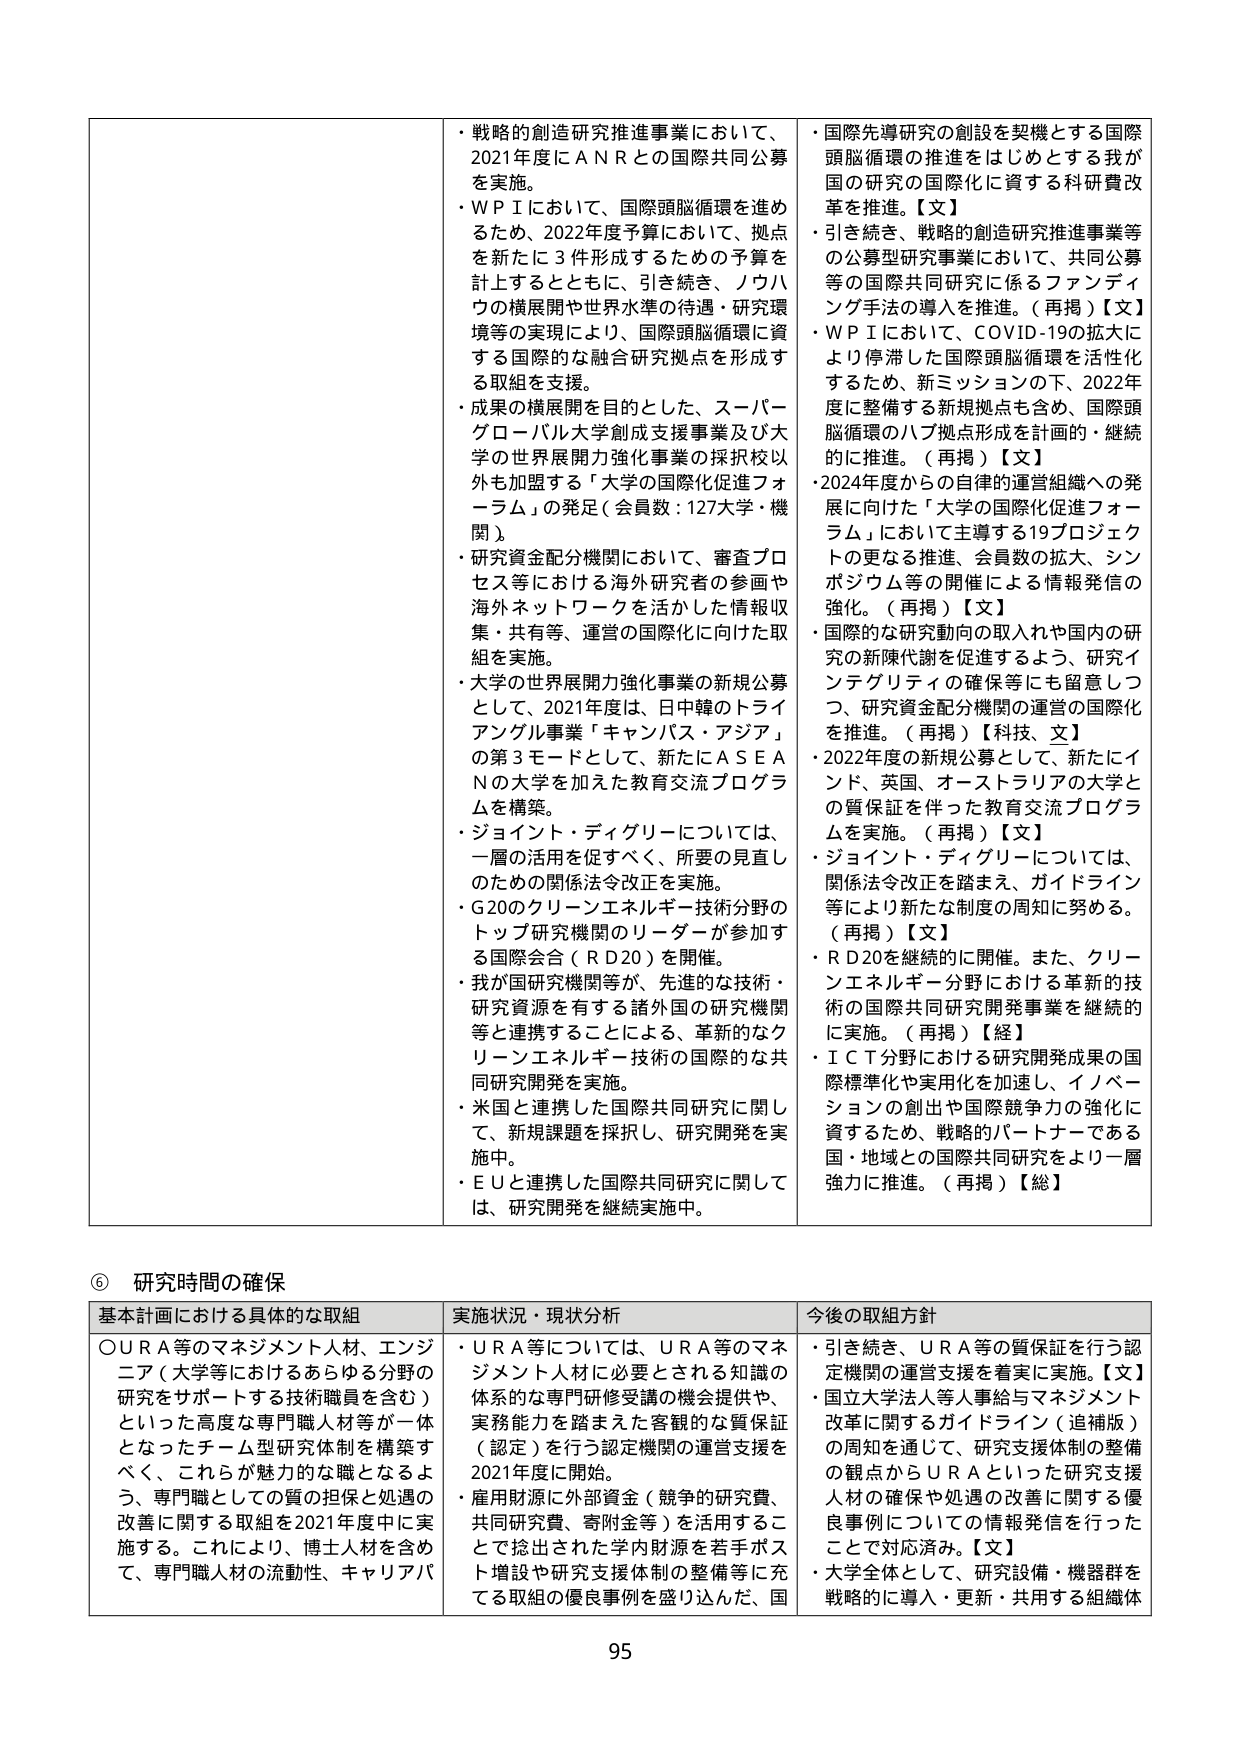
・戦略的創造研究推進事業において、2021年度にＡＮＲとの国際共同公募を実施。
・ＷＰＩにおいて、国際頭脳循環を進めるため、2022年度予算において、拠点を新たに３件形成するための予算を計上するとともに、引き続き、ノウハウの横展開や世界水準の待遇・研究環境等の実現により、国際頭脳循環に資する国際的な融合研究拠点を形成する取組を支援。
・成果の横展開を目的とした、スーパーグローバル大学創成支援事業及び大学の世界展開力強化事業の採択校以外も加盟する「大学の国際化促進フォーラム」の発足（会員数：127大学・機関）。
・研究資金配分機関において、審査プロセス等における海外研究者の参画や海外ネットワークを活かした情報収集・共有等、運営の国際化に向けた取組を実施。
・大学の世界展開力強化事業の新規公募として、2021年度は、日中韓のトライアングル事業「キャンパス・アジア」の第3モードとして、新たにＡＳＥＡＮの大学を加えた教育交流プログラムを構築。
・ジョイント・ディグリーについては、一層の活用を促すべく、所要の見直しのための関係法令改正を実施。
・Ｇ20のクリーンエネルギー技術分野のトップ研究機関のリーダーが参加する国際会合（ＲＤ20）を開催。
・我が国研究機関等が、先進的な技術・研究資源を有する諸外国の研究機関等と連携することによる、革新的なクリーンエネルギー技術の国際的な共同研究開発を実施。
・米国と連携した国際共同研究に関して、新規課題を採択し、研究開発を実施中。
・ＥＵと連携した国際共同研究に関しては、研究開発を継続実施中。

・国際先導研究の創設を契機とする国際頭脳循環の推進をはじめとする我が国の研究の国際化に資する科研費改革を推進。【文】
・引き続き、戦略的創造研究推進事業等の公募型研究事業において、共同公募等の国際共同研究に係るファンディング手法の導入を推進。（再掲）【文】
・ＷＰＩにおいて、ＣＯＶＩＤ-19の拡大により停滞した国際頭脳循環を活性化するため、新ミッションの下、2022年度に整備する新規拠点も含め、国際頭脳循環のハブ拠点形成を計画的・継続的に推進。（再掲）【文】
・2024年度からの自律的運営組織への発展に向けた「大学の国際化促進フォーラム」において主導する19プロジェクトの更なる推進、会員数の拡大、シンポジウム等の開催による情報発信の強化。（再掲）【文】
・国際的な研究動向の取入れや国内の研究の新陳代謝を促進するよう、研究インテグリティの確保等にも留意しつつ、研究資金配分機関の運営の国際化を推進。（再掲）【科技、文】
・2022年度の新規公募として、新たにインド、英国、オーストラリアの大学との質保証を伴った教育交流プログラムを実施。（再掲）【文】
・ジョイント・ディグリーについては、関係法令改正を踏まえ、ガイドライン等により新たな制度の周知に努める。（再掲）【文】
・ＲＤ20を継続的に開催。また、クリーンエネルギー分野における革新的技術の国際共同研究開発事業を継続的に実施。（再掲）【経】
・ＩＣＴ分野における研究開発成果の国際標準化や実用化を加速し、イノベーションの創出や国際競争力の強化に資するため、戦略的パートナーである国・地域との国際共同研究をより一層強力に推進。（再掲）【総】

⑥ 研究時間の確保

基本計画における具体的な取組
〇ＵＲＡ等のマネジメント人材、エンジニア（大学等におけるあらゆる分野の研究をサポートする技術職員を含む）といった高度な専門職人材等が一体となったチーム型研究体制を構築すべく、これらが魅力的な職となるよう、専門職としての質の担保と処遇の改善に関する取組を2021年度中に実施する。これにより、博士人材を含めて、専門職人材の流動性、キャリアパ

実施状況・現状分析
・ＵＲＡ等については、ＵＲＡ等のマネジメント人材に必要とされる知識の体系的な専門研修受講の機会提供や、実務能力を踏まえた客観的な質保証（認定）を行う認定機関の運営支援を2021年度に開始。
・雇用財源に外部資金（競争的研究費、共同研究費、寄附金等）を活用することで捻出された学内財源を若手ポスト増設や研究支援体制の整備等に充てる取組の優良事例を盛り込んだ、国

今後の取組方針
・引き続き、ＵＲＡ等の質保証を行う認定機関の運営支援を着実に実施。【文】
・国立大学法人等人事給与マネジメント改革に関するガイドライン（追補版）の周知を通じて、研究支援体制の整備の観点からＵＲＡといった研究支援人材の確保や処遇に関する優良事例についての情報発信を行ったことで対応済み。【文】
・大学全体として、研究設備・機器群を戦略的に導入・更新・共用する組織体

95